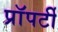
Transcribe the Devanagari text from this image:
प्राॅपर्टी